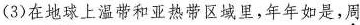
(3) 在地球上温带和亚热带区域里，年年如是，周